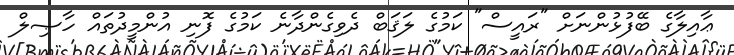
ޢާއިލާގެ ބޭފުޅުންނަށް "ރައީސް" ކަމުގެ ލަޤަބް ދެވިގެންދާނެ ކަމުގެ ފޮނި އުންމީދުތައް ހާޞިލް